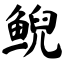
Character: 鲵